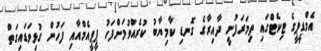
އެމްޑީޕީގެ ޓިކެޓްގައި ތިމަރަފުށީ ދާއިރާގެ ގޮނޑި ކާމިޔާބު ކުރެއްވުމަށްފަހު ޕީޕީއެމްއާއި ފަހުން ގުޅިވަޑައިގަތް